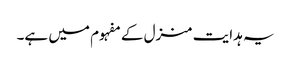
یہ ہدایت منزل کے مفہوم میں ہے۔